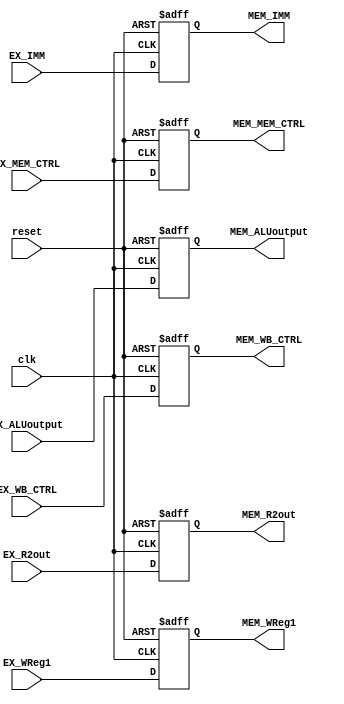
`timescale 1ns / 1ps
//////////////////////////////////////////////////////////////////////////////////
// Company: 
// Engineer: 
// 
// Design Name: 
// Module Name:    EX_MEMreg 
// Project Name: 
// Target Devices: 
// Tool versions: 
// Description: 
//
// Dependencies: 
//
// Revision: 
// Revision 0.01 - File Created
// Additional Comments: 
//
//////////////////////////////////////////////////////////////////////////////////
module EX_MEMreg(
    input [4:0] EX_WReg1,
	 input [63:0] EX_ALUoutput,
	 input [63:0] EX_R2out,
	 input [3:0] EX_MEM_CTRL,
	 input [1:0] EX_WB_CTRL,
	 input [8:0] EX_IMM,

    output [4:0] MEM_WReg1,
	 output [63:0] MEM_ALUoutput,
	 output [63:0]MEM_R2out,
	 output [3:0] MEM_MEM_CTRL,
	 output [1:0] MEM_WB_CTRL,
	 output [8:0] MEM_IMM,
	 
    input clk,
	 input reset
    );
	reg [4:0]WReg1;
	reg [63:0]ALUoutput;
	reg [63:0]R2out;
	reg [3:0]MEM_CTRL;
	reg [1:0]WB_CTRL;
	reg [8:0]IMM;
	
	assign MEM_WReg1 = WReg1;
	assign MEM_ALUoutput = ALUoutput;
	assign MEM_R2out = R2out;
	assign MEM_MEM_CTRL = MEM_CTRL;
	assign MEM_WB_CTRL = WB_CTRL;
	assign MEM_IMM = IMM;
	
	always @(posedge clk,negedge reset)
	begin
		if(!reset)
		begin
			WReg1 <= 0;
			ALUoutput <= 0;
			R2out <= 0;
			MEM_CTRL <= 0;
			WB_CTRL <= 0;
			IMM <= 0;
		end
		else
		begin
			WReg1 <= EX_WReg1;
			ALUoutput <= EX_ALUoutput;
			R2out <= EX_R2out;
			MEM_CTRL <= EX_MEM_CTRL;
			WB_CTRL <= EX_WB_CTRL;
			IMM <= EX_IMM;
		end
	end

endmodule